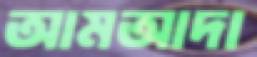
আমআদা